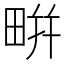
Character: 𤲒